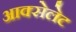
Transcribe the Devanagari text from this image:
आक्सेलेट